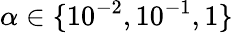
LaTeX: \alpha\in\{ 10^{-2},10^{-1},1\}